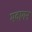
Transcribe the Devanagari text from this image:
मदागन